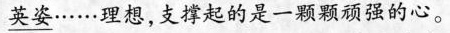
\underline{英姿……理想，支撑起的是一颗颗顽强的心。}